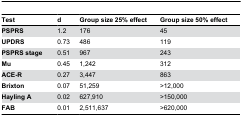
<table><thead><tr><td><b>Test</b></td><td><b>d</b></td><td><b>Group size 25% effect</b></td><td><b>Group size 50% effect</b></td></tr></thead><tbody><tr><td><b>PSPRS</b></td><td>1.2</td><td>176</td><td>45</td></tr><tr><td><b>UPDRS</b></td><td>0.73</td><td>486</td><td>119</td></tr><tr><td><b>PSPRS stage</b></td><td>0.51</td><td>967</td><td>243</td></tr><tr><td><b>Mu</b></td><td>0.45</td><td>1,242</td><td>312</td></tr><tr><td><b>ACE-R</b></td><td>0.27</td><td>3,447</td><td>863</td></tr><tr><td><b>Brixton</b></td><td>0.07</td><td>51,259</td><td>&gt;12,000</td></tr><tr><td><b>Hayling A</b></td><td>0.02</td><td>627,910</td><td>&gt;150,000</td></tr><tr><td><b>FAB</b></td><td>0.01</td><td>2,511,637</td><td>&gt;620,000</td></tr></tbody></table>